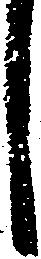
し